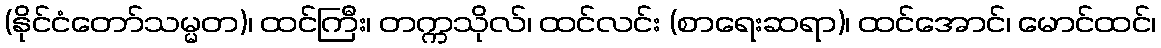
(နိုင်ငံတော်သမ္မတ)၊ ထင်ကြီး၊ တက္ကသိုလ်၊ ထင်လင်း (စာရေးဆရာ)၊ ထင်အောင်၊ မောင်ထင်၊